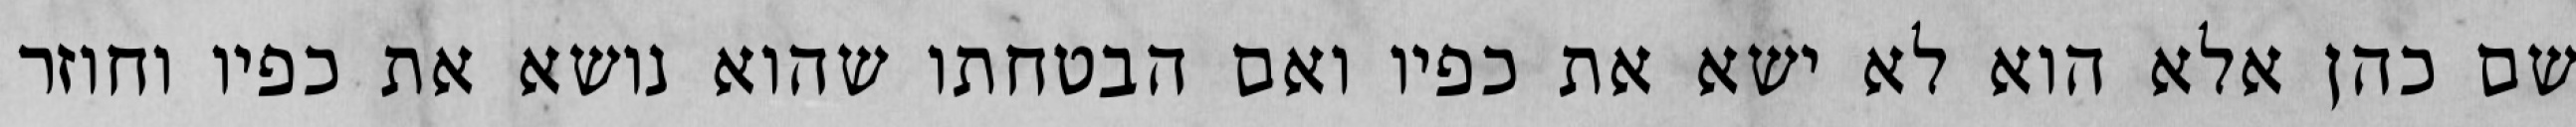
שם כהן אלא הוא לא ישא את כפיו ואם הבטחתו שהוא נושא את כפיו וחוזר